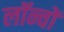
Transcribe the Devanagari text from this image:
लॉन्चों